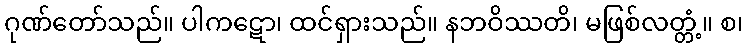
ဂုဏ်တော်သည်။ ပါကဋော၊ ထင်ရှားသည်။ နဘဝိဿတိ၊ မဖြစ်လတ္တံ့။ စ၊